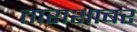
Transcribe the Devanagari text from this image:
ताराशाबर